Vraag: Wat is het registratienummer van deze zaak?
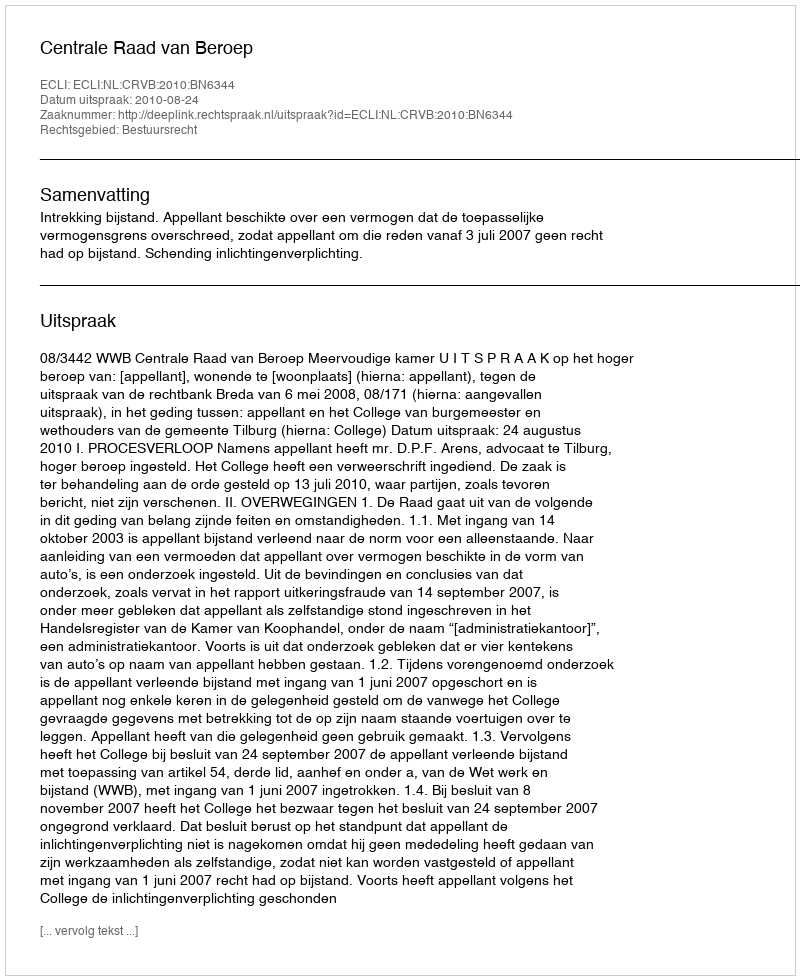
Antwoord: http://deeplink.rechtspraak.nl/uitspraak?id=ECLI:NL:CRVB:2010:BN6344